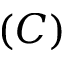
( C )